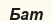
Бат